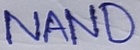
Text: NAND